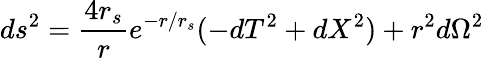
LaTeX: ds^{2}=\frac{4r_{s}}{r}e^{-r/r_{s}}(-dT^{2}+dX^{2})+r^{2}d\Omega^{2}